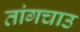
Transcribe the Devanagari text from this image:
तांगचाउ